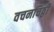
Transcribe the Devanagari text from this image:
वचनचिठ्ठी